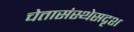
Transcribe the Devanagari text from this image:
चेतासंस्थेसदृश